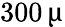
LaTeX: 300\, \upmu